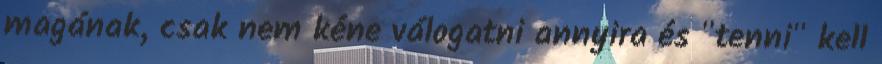
magának, csak nem kéne válogatni annyira és "tenni" kell